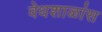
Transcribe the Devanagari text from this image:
वेधशाळांस